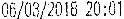
06/03/2018 20:01